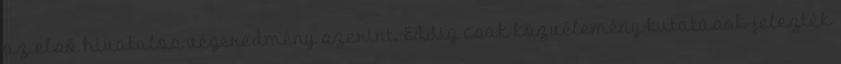
az első hivatalos végeredmény szerint. Eddig csak közvélemény-kutatások jelezték